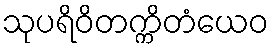
သုပရိဝိတက္ကိတံယေဝ